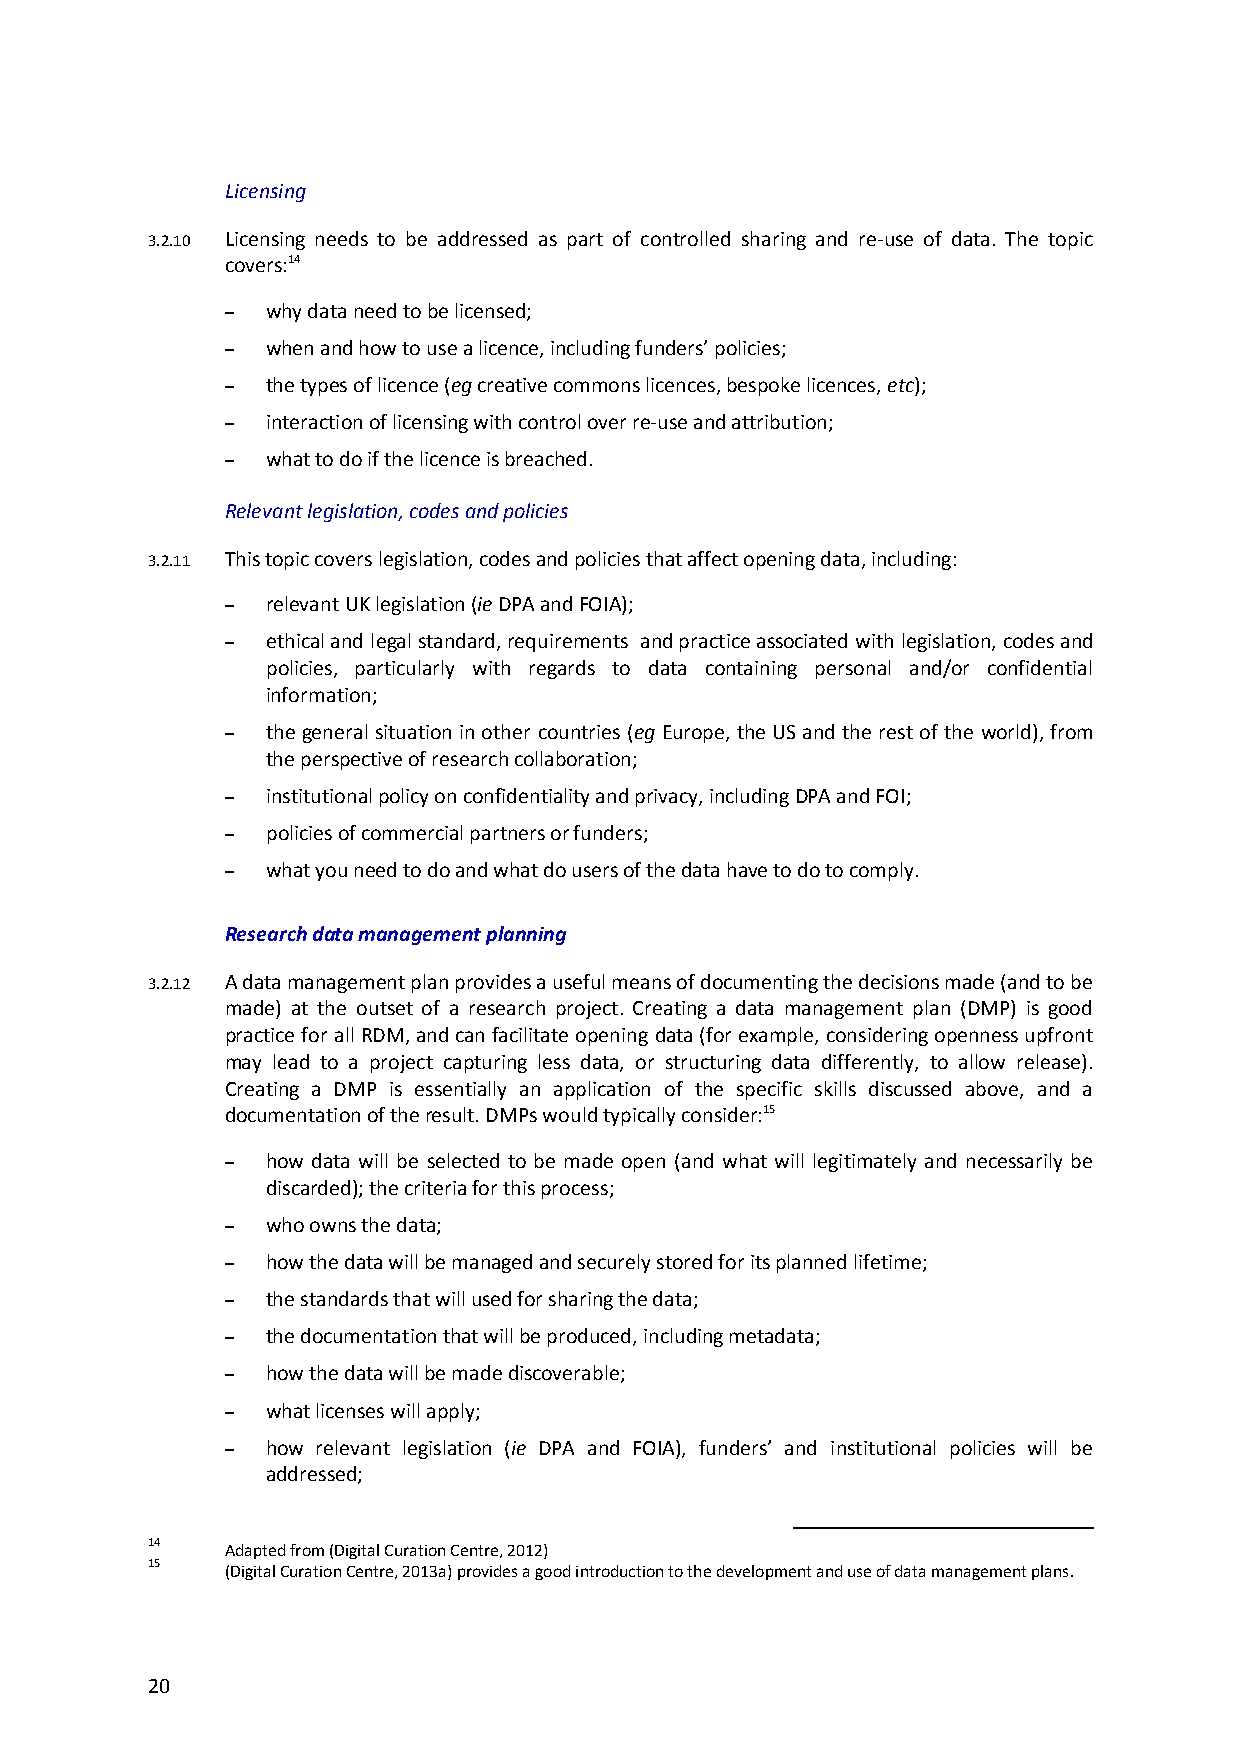
Licensing
 3.2.10 Licensing needs to be addressed as part of controlled sharing and re-use of data. The topic
 covers:14
 –  why data need to be licensed;
 –  when and how to use a licence, including funders’ policies;
 –  the types of licence (eg creative commons licences, bespoke licences, etc);
 –  interaction of licensing with control over re-use and attribution;
 –  what to do if the licence is breached.
 Relevant legislation, codes and policies
 3.2.11 This topic covers legislation, codes and policies that affect opening data, including:
 –  relevant UK legislation (ie DPA and FOIA);
 –  ethical and legal standard, requirements and practice associated with legislation, codes and
 policies, particularly with regards to data containing personal and/or confidential
 information;
 –  the general situation in other countries (eg Europe, the US and the rest of the world), from
 the perspective of research collaboration;
 –  institutional policy on confidentiality and privacy, including DPA and FOI;
 –  policies of commercial partners or funders;
 –  what you need to do and what do users of the data have to do to comply.
 Research data management planning
 3.2.12 A data management plan provides a useful means of documenting the decisions made (and to be
 made) at the outset of a research project. Creating a data management plan (DMP) is good
 practice for all RDM, and can facilitate opening data (for example, considering openness upfront
 may lead to a project capturing less data, or structuring data differently, to allow release).
 Creating a DMP is essentially an application of the specific skills discussed above, and a
 documentation of the result. DMPs would typically consider:15
 –  how data will be selected to be made open (and what will legitimately and necessarily be
 discarded); the criteria for this process;
 –  who owns the data;
 –  how the data will be managed and securely stored for its planned lifetime;
 –  the standards that will used for sharing the data;
 –  the documentation that will be produced, including metadata;
 –  how the data will be made discoverable;
 –  what licenses will apply;
 –  how relevant legislation (ie DPA and FOIA), funders’ and institutional policies will be
 addressed;
 14   Adapted from (Digital Curation Centre, 2012)
 15   (Digital Curation Centre, 2013a) provides a good introduction to the development and use of data management plans.
 20